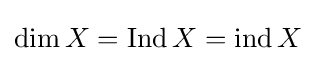
\dim X=\operatorname {Ind} X=\operatorname {ind} X